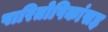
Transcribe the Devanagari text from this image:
पारितोषिकांसह